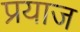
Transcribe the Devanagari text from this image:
प्रयाज